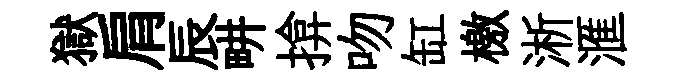
獄肩辰畊揜吻缸檄淅滙